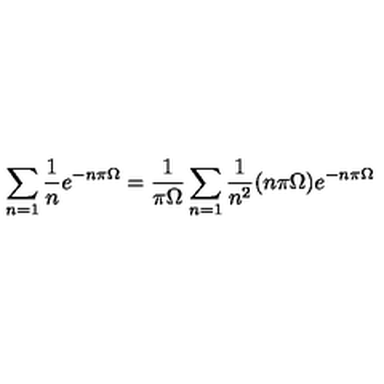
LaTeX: \sum _ { n = 1 } \frac { 1 } { n } e ^ { - n \pi \Omega } = \frac { 1 } { \pi \Omega } \sum _ { n = 1 } \frac { 1 } { n ^ { 2 } } ( n \pi \Omega ) e ^ { - n \pi \Omega }